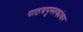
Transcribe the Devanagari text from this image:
पाठयपुस्तकांवर